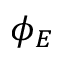
\phi _ { E }